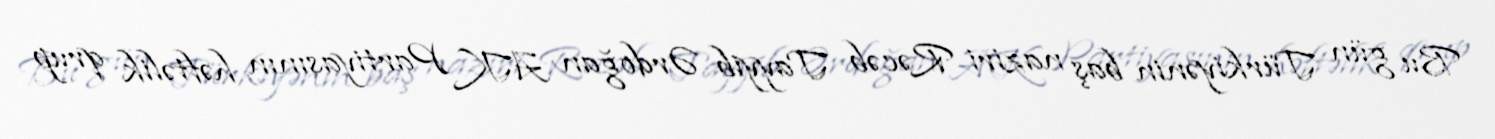
Bu gün Türkiyənin baş naziri Rəcəb Tayyib Ərdoğan AK Partiyasının həftəlik qrup